Annual report on the Civil Veterinary Department, Burma (including the Insein Veterinary School) - 1910-1922
Year: 1910
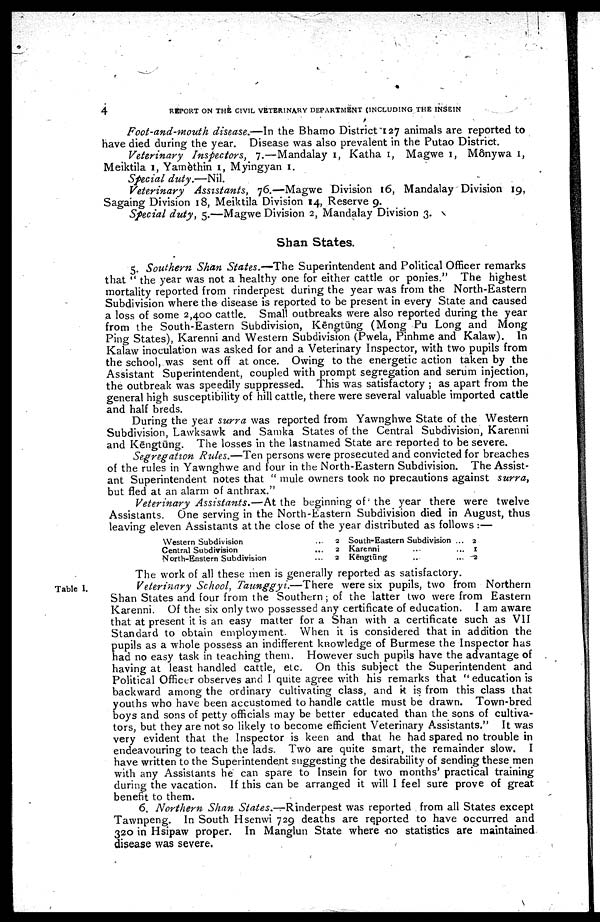
4
REPORT ON THE CIVIL VETERINARY DEPARTMENT (INCLUDING THE INSEIN
Foot-and-mouth disease.—In the Bhamo District 127 animals are reported to
have died during the year. Disease was also prevalent in the Putao District.
Veterinary Inspectors, 7.—Mandalay 1, Katha 1, Magwe 1, Mônywa 1,
Meiktila 1, Yamèthin 1, Myingyan 1.
Special duty.—Nil.
Veterinary
Assistants,
76.—Magwe Division 16, Mandalay Division 19,
Sagaing Division 18, Meiktila Division 14, Reserve 9.
Special duty, 5.—Magwe Division 2, Mandalay Division 3.
Shan States.
5. Southern Shan States.—The Superintendent and Political Officer remarks
that "the year was not a healthy one for either cattle or ponies." The highest
mortality reported from rinderpest during the year was from the North-Eastern
Subdivision where the disease is reported to be present in every State and caused
a loss of some 2,400 cattle. Small outbreaks were also reported during the year
from the South-Eastern Subdivision, Kēngtūng (Mong Pu Long and Mong
Ping States), Karenni and Western Subdivision (Pwela, Pinhme and Kalaw). In
Kalaw inoculation was asked for and a Veterinary Inspector, with two pupils from
the school, was sent off at once. Owing to the energetic action taken by the
Assistant Superintendent, coupled with prompt segregation and serum injection,
the outbreak was speedily suppressed. This was satisfactory; as apart from the
general high susceptibility of hill cattle, there were several valuable imported cattle
and half breds.
During the year surra was reported from Yawnghwe State of the Western
Subdivision, Lawksawk and Samka States of the Central Subdivision, Karenni
and Kēngtūng. The losses in the lastnamed State are reported to be severe.
Segregation Rules.—Ten persons were prosecuted and convicted for breaches
of the rules in Yawnghwe and four in the North-Eastern Subdivision. The Assist
ant Superintendent notes that "mule owners took no precautions against surra,
but fled at an alarm of anthrax."
Veterinary Assistants.—At
the beginning of the year there were twelve
Assistants. One serving in the North-Eastern Subdivision died in August, thus
leaving eleven Assistants at the close of the year distributed as follows:—
Western Subdivision ...
Central Subdivision ...
North-Eastern Subdivision ...
2
2
2
South-Eastern Subdivision ...
Karenni ... ...
Kēngtūng ... ...
2
1
2
The work of all these men is generally reported as satisfactory.
Table I.
Veterinary School, Taunggyi.—There
were six pupils, two from Northern
Shan States and four from the Southern; of the latter two were from Eastern
Karenni. Of the six only two possessed any certificate of education. I am aware
that at present it is an easy matter for a Shan with a certificate such as VII
Standard to obtain employment. When it is considered that in addition the
pupils as a whole possess an indifferent knowledge of Burmese the Inspector has
had no easy task in teaching them. However such pupils have the advantage of
having at least handled cattle, etc. On this subject the Superintendent and
Political Officer observes and I quite agree with his remarks that "education is
backward among the ordinary cultivating class, and it is from this class that
youths who have been accustomed to handle cattle must be drawn. Town-bred
boys and sons of petty officials may be better educated than the sons of cultiva
tors, but they are not so likely to become efficient Veterinary Assistants." It was
very evident that the Inspector is keen and that he had spared no trouble in
endeavouring to teach the lads. Two are quite smart, the remainder slow. I
have written to the Superintendent suggesting the desirability of sending these men
with any Assistants he can spare to Insein for two months' practical training
during the vacation. If this can be arranged it will I feel sure prove of great
benefit to them.
6. Northern Shan States.—Rinderpest
was reported from all States except
Tawnpeng. In South Hsenwi 729 deaths are reported to have occurred and
320 in Hsipaw proper. In Manglun State where no statistics are maintained
disease was severe.